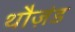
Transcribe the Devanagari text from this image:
थौज़ंड